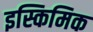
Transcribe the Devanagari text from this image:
इस्किमिक